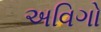
અવિગો